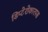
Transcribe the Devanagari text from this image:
डिप्टेरोकारपस